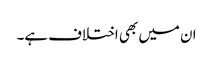
ان میں بھی اختلاف ہے۔